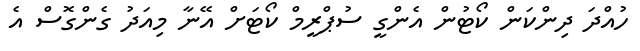
ހުއްދަ ދިންކަން ކޯޓުން އެންގީ ސުޕްރީމް ކޯޓަށް އޭނާ މިއަދު ގެންގޮސް އެ